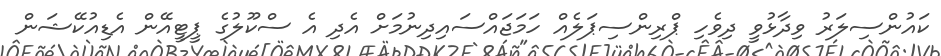
ކައުންސިލަރު ވިދާޅުވީ ދިވެހި ޕްރިންސިޕަލެއް ހަމަޖައްސައިދިނުމަށް އެދި އެ ސްކޫލުގެ ޕީޓީއޭން އެޑިއުކޭޝަން